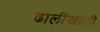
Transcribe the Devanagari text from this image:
ढालींखाली